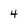
Character: 4